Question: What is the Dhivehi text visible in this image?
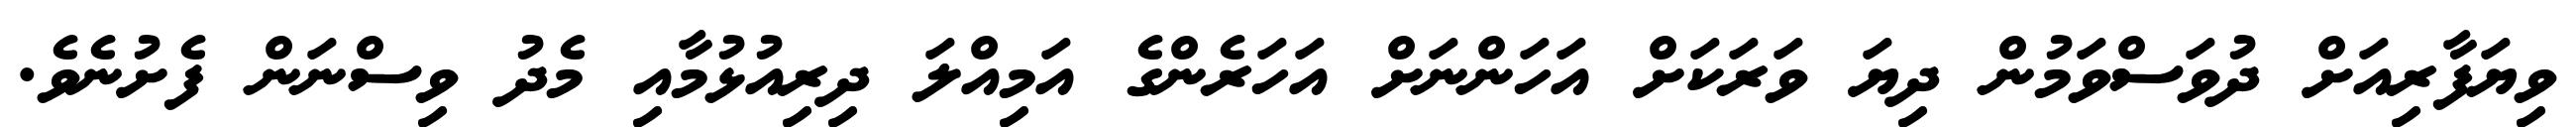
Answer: ވިޔަފާރިއަށް ދުވަސްވަމުން ދިޔަ ވަރަކަށް އަހަންނަށް އަހަރެންގެ އަމިއްލަ ދިރިއުޅުމާއި މެދު ވިސްނަން ފެށުނެވެ.